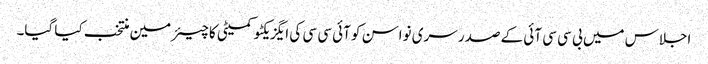
اجلاس میں بی سی سی آئی کے صدر سری نواسن کو آئی سی سی کی ایگزیکٹو کمیٹی کا چیئرمین منتخب کیا گیا۔